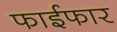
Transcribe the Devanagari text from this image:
फाईफार